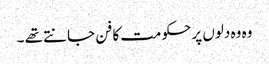
وہ وہ دلوں پر حکومت کا فن جانتے تھے ۔